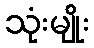
သုံးမျိုး